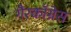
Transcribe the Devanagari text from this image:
गैरकॉग्रेस